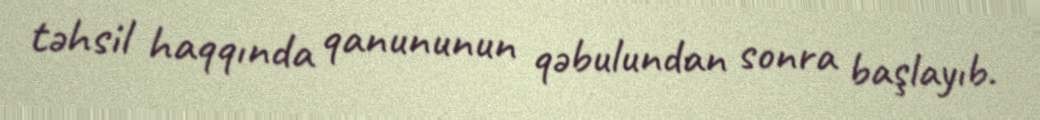
təhsil haqqında qanununun qəbulundan sonra başlayıb.